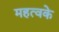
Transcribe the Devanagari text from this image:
महत्वके